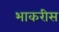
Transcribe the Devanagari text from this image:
भाकरीस